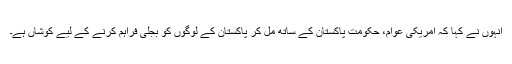
انہوں نے کہا کہ امریکی عوام، حکومت پاکستان کے ساتھ مل کر پاکستان کے لوگوں کو بجلی فراہم کرنے کے لیے کوشاں ہے۔